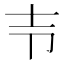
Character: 壭